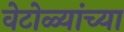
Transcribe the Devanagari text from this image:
वेटोळ्यांच्या